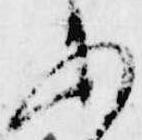
あ